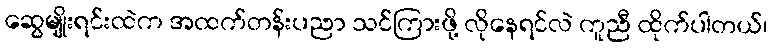
ဆွေမျိုးရင်းထဲက အထက်တန်းပညာ သင်ကြားဖို့ လိုနေရင်လဲ ကူညီ ထိုက်ပါတယ်၊